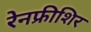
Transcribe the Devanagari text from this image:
रेनफ्रीशिर